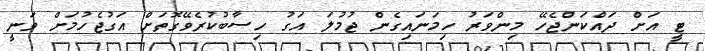
ޓީ އަށް ދައްކަންޖެހޭ މިންވަރު ހިމަނައިގެން ޖުމުލަ އަގު ހިސާބުކުރެވޭގޮތަށް އަގުޖެހުމަށް ވަނީ